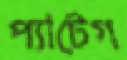
প্যাটেগ